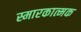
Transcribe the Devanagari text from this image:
स्मारकात्मक